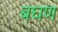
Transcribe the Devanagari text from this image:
बघण